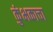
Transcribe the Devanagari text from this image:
कुंभकाचा